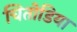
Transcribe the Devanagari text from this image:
चितोडिया